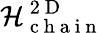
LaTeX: \mathcal{H}_{\mathrm{~c~h~a~i~n~}}^{\mathrm{~2~D~}}